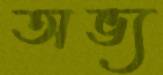
অভ্য